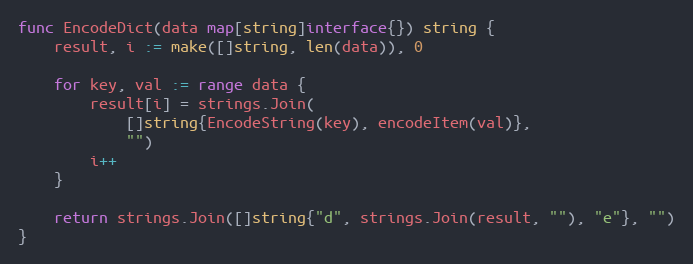
Language: Go
func EncodeDict(data map[string]interface{}) string {
	result, i := make([]string, len(data)), 0

	for key, val := range data {
		result[i] = strings.Join(
			[]string{EncodeString(key), encodeItem(val)},
			"")
		i++
	}

	return strings.Join([]string{"d", strings.Join(result, ""), "e"}, "")
}